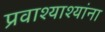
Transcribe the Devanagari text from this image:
प्रवाश्याश्यांना